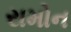
રામોન